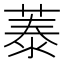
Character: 𦴼